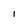
Character: I